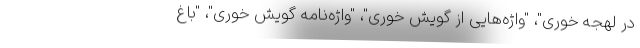
در لهجه خوری"، "واژه‌هایی از گویش خوری"، "واژه‌نامه گویش خوری"، "باغ